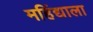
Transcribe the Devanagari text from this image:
महिंद्याला